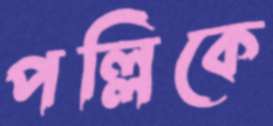
পল্লিকে